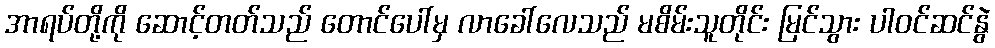
အာရပ်တို့ကို ဆောင့်တတ်သည် တောင်ပေါ်မှ လာခေါ်လေသည် မစိမ်းသူတိုင်း မြင်သွား ပါဝင်ဆင်နွဲ